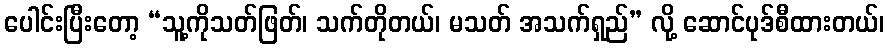
ပေါင်းပြီးတော့ “သူ့ကိုသတ်ဖြတ်၊ သက်တိုတယ်၊ မသတ် အသက်ရှည်” လို့ ဆောင်ပုဒ်စီထားတယ်၊